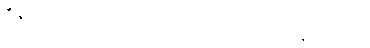
ဒီဇိုင်းတွေကိုလည်း သူမတူအောင် လုပ်ဆောင်နိုင်ခဲ့တယ်။